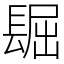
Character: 镼